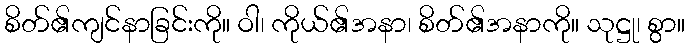
စိတ်၏ကျင်နာခြင်းကို။ ဝါ၊ ကိုယ်၏အနာ၊ စိတ်၏အနာကို။ သုဋ္ဌု၊ စွာ။